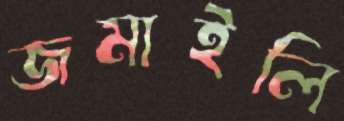
জমাইলি